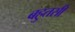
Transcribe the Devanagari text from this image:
बहुतसी